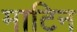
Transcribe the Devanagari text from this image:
माटिन